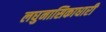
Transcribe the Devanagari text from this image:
लघुनासिकाधारी